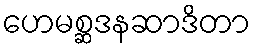
ဟေမစ္ဆဒနဆာဒိတာ